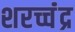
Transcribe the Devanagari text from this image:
शरच्चंंद्र